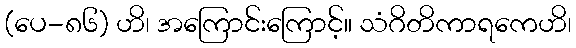
(ပေ-၈၆) ဟိ၊ အကြောင်းကြောင့်။ သံဂိတိကာရကေဟိ၊